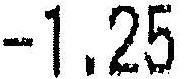
-1.25